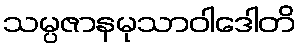
သမ္ပဇာနမုသာဝါဒေါတိ